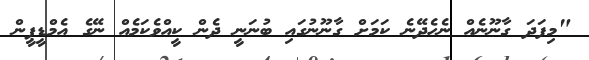
"މިފަދަ ގާނޫނެއް ނެހެދޭނެ ކަމަށް ގާނޫނުގައި ބުނަނީ ދެން ކީއްވެކަމެއް ނޭގެ އެމްޑީޕީން